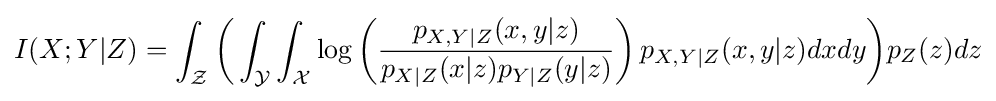
I(X;Y|Z)=\int _{\mathcal {Z}}{\bigg (}\int _{\mathcal {Y}}\int _{\mathcal {X}}\log \left({\frac {p_{X,Y|Z}(x,y|z)}{p_{X|Z}(x|z)p_{Y|Z}(y|z)}}\right)p_{X,Y|Z}(x,y|z)dxdy{\bigg )}p_{Z}(z)dz